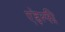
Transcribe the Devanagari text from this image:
एड़ेल्फी